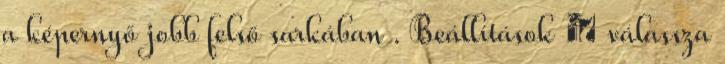
a képernyő jobb felső sarkában . Beállítások → válassza